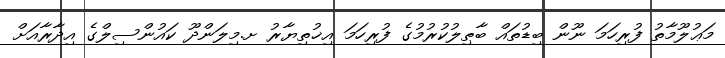
މަޢުލޫމާތު ފުރިހަމަ ނޫން ބިޑުތައް ބާޠިލުކުރުމުގެ ފުރިހަމަ އިޚުތިޔާރު ށ.މިލަންދޫ ކައުންސިލްގެ އިދާރާއަށް